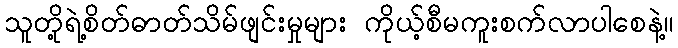
သူတို့ရဲ့စိတ်ဓာတ်သိမ်ဖျင်းမှုများ ကိုယ့်စီမကူးစက်လာပါစေနဲ့။